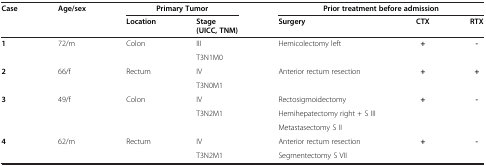
<table><thead><tr><td rowspan="3"><b>Case</b></td><td rowspan="3"><b>Age/sex</b></td><td colspan="2"><b>Primary Tumor</b></td><td colspan="3"><b>Prior treatment before admission</b></td></tr><tr><td rowspan="2"><b>Location</b></td><td><b>Stage</b></td><td rowspan="2"><b>Surgery</b></td><td rowspan="2"><b>CTX</b></td><td rowspan="2"><b>RTX</b></td></tr><tr><td><b>(UICC, TNM)</b></td></tr></thead><tbody><tr><td rowspan="2"><b>1</b></td><td rowspan="2">72/m</td><td rowspan="2">Colon</td><td>III</td><td rowspan="2">Hemicolectomy left</td><td rowspan="2"><b>+</b></td><td rowspan="2"><b>-</b></td></tr><tr><td>T3N1M0</td></tr><tr><td rowspan="2"><b>2</b></td><td rowspan="2">66/f</td><td rowspan="2">Rectum</td><td>IV</td><td>Anterior rectum resection</td><td><b>+</b></td><td><b>+</b></td></tr><tr><td>T3N0M1</td><td> </td><td> </td><td> </td></tr><tr><td rowspan="3"><b>3</b></td><td rowspan="3">49/f</td><td rowspan="3">Colon</td><td>IV</td><td>Rectosigmoidectomy</td><td rowspan="3"><b>+</b></td><td rowspan="3"><b>-</b></td></tr><tr><td rowspan="2">T3N2M1</td><td>Hemihepatectomy right + S III</td></tr><tr><td>Metastasectomy S II</td></tr><tr><td rowspan="2"><b>4</b></td><td rowspan="2">62/m</td><td rowspan="2">Rectum</td><td>IV</td><td>Anterior rectum resection</td><td rowspan="2"><b>+</b></td><td rowspan="2"><b>-</b></td></tr><tr><td>T3N2M1</td><td>Segmentectomy S VII</td></tr></tbody></table>